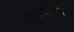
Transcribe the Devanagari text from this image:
कोदोचा